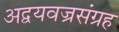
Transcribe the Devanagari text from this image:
अद्वयवज्रसंग्रह